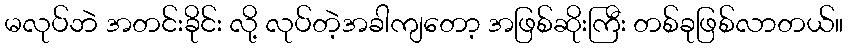
မလုပ်ဘဲ အတင်းခိုင်း လို့ လုပ်တဲ့အခါကျတော့ အဖြစ်ဆိုးကြီး တစ်ခုဖြစ်လာတယ်။